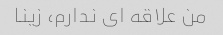
من علاقه ای ندارم، زینا